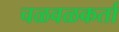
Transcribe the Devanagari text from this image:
चळवळकर्ता